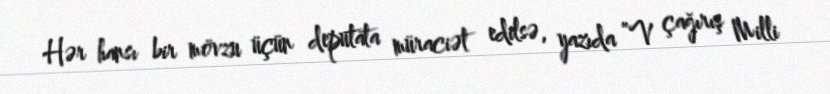
Hər hansı bir mövzu üçün deputata müraciət edilsə, yazıda ”V çağırış Milli